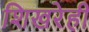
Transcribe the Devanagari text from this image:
शिखरेही